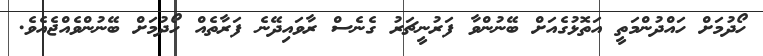
ހޯދުމަށް ހައްދުންމަތީ އަތޮޅުގެއަށް ބޭނުންވާ ފަރުނީޗަރު ގެނެސް ރާވައިދޭނެ ފަރާތެއް ހޯދުމަށް ބޭނުންވެއްޖެއެވެ.